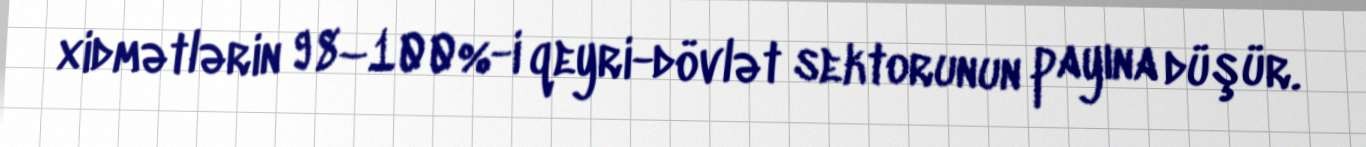
xidmətlərin 98–100%-i qeyri-dövlət sektorunun payına düşür.